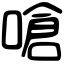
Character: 嗆